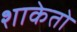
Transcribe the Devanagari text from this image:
शाकेतो